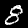
Digit: 8